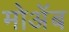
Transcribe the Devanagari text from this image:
मोअॅब